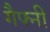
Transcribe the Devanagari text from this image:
गैफ्नी